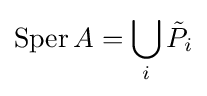
\operatorname {Sper} A=\bigcup _{i}{\tilde {P}}_{i}